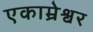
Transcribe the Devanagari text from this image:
एकाम्रेश्वर